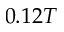
0 . 1 2 T